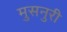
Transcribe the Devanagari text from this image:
मुसनुरी